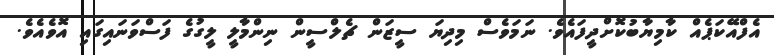
އެފްއޭކަޕެއް ކާމިޔާބުކޮށްދީފައެވެ. ނަމަވެސް މިދިޔަ ސީޒަން ޗެލްސީން ނިންމާލީ ލީގުގެ ފަސްވަނައިގައި އޮވެއެވެ.